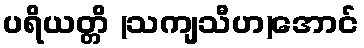
ပရိယတ္တိ (သကျသီဟ)အောင်